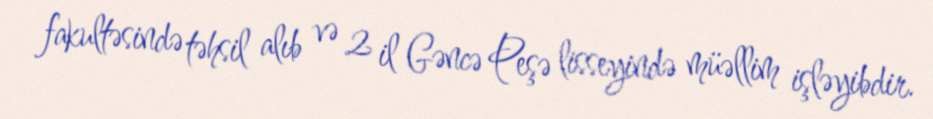
fakultəsində təhsil alıb və 2 il Gəncə Peşə lisseyində müəllim işləyibdir.